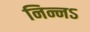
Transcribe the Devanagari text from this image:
निन्नऽ